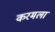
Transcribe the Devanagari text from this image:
करमला